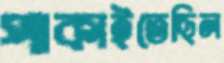
পাকাইতেছিল